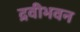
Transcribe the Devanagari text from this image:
द्रवीभवन